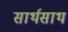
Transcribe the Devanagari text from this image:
सार्थसाथ